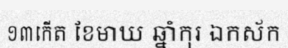
១៣កើត ខែមាឃ ឆ្នាំកុរ ឯកស័ក